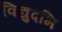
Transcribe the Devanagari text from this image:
विद्युदभि